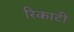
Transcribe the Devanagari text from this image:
रिकाटी